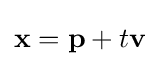
\mathbf {x} =\mathbf {p} +t\mathbf {v}